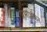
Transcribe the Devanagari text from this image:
प्रभाशंकर